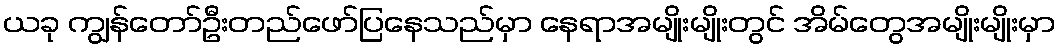
ယခု ကျွန်တော်ဦးတည်ဖော်ပြနေသည်မှာ နေရာအမျိုးမျိုးတွင် အိမ်တွေအမျိုးမျိုးမှာ